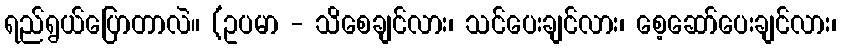
ရည်ရွယ်ပြောတာလဲ။ (ဥပမာ - သိစေချင်လား၊ သင်ပေးချင်လား၊ စေ့ဆော်ပေးချင်လား၊